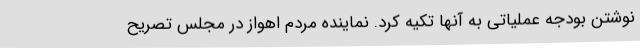
نوشتن بودجه عملیاتی به آنها تکیه کرد. نماینده مردم اهواز در مجلس تصریح